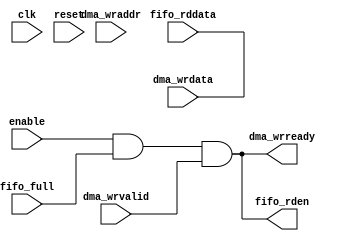
/*
 *  Copyright 2015 (c) Patrik Lindstrm, lindstroeem@gmail.com
 * 
 * 
 *  This program is free software: you can redistribute it and/or modify
 *  it under the terms of the GNU General Public License as published by
 *  the Free Software Foundation, either version 3 of the License, or
 *  (at your option) any later version.
 *
 *  This program is distributed in the hope that it will be useful,
 *  but WITHOUT ANY WARRANTY; without even the implied warranty of
 *  MERCHANTABILITY or FITNESS FOR A PARTICULAR PURPOSE.  See the
 *  GNU General Public License for more details.
 *
 *  You should have received a copy of the GNU General Public License
 *  along with this program.  If not, see <http://www.gnu.org/licenses/>.
 */


module otl_adc_core
  (  
     // Inputs
     clk, reset, enable,
     dma_wrdata, dma_wraddr, dma_wrvalid,
     fifo_full, fifo_rddata,

     // Outputs
     dma_wrready, fifo_rden 
   );
   
   parameter ADDRW = 32;
   parameter DATAW = 32;

   input clk;
   input reset;
   input enable;
      
   input [DATAW-1:0]   dma_wrdata;
   input [ADDRW-1:0]   dma_wraddr;
   input 	       dma_wrvalid;
   output 	       dma_wrready;

   input 	       fifo_full;
   input [DATAW-1:0]   fifo_rddata;
   output 	       fifo_rden;
   
   
   assign dma_wrdata = fifo_rddata;
   assign dma_wrready = (enable & fifo_full & dma_wrvalid);

   assign fifo_rden = (enable & fifo_full & dma_wrvalid);
			 
       
       

endmodule